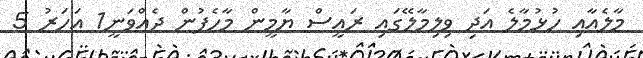
މާލެއާއި ހުޅުމާލެ އަދި ވިލިމާލޭގައި ރައީސް ޔާމީން މާހެފުން ދެއްވަނީ1 އަހަރު 5